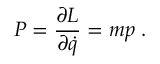
P = { \frac { \partial L } { \partial { \dot { q } } } } = m p \; .